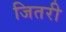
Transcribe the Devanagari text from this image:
जितरी